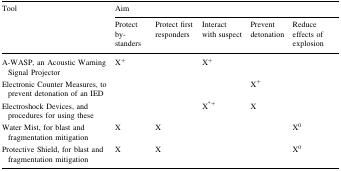
| <ROWSPAN=2> Tool | <COLSPAN=5> Aim |
 | Protect by-standers | Protect first responders | Interact with suspect | Prevent detonation | Reduce effects of explosion |
 | --- | --- | --- | --- | --- | --- |
 | A-WASP, an Acoustic Warning Signal Projector | X+ |  | X+ |  |  |
 | Electronic Counter Measures, to prevent detonation of an IED |  |  |  | X+ |  |
 | Electroshock Devices, and procedures for using these |  |  | X*+ | X |  |
 | Water Mist, for blast and fragmentation mitigation | X | X |  |  | X0 |
 | Protective Shield, for blast and fragmentation mitigation | X | X |  |  | X0 |